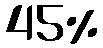
45%